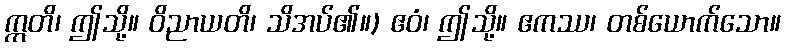
ဣတိ၊ ဤသို့။ ဝိညာယတိ၊ သိအပ်၏။) ဧဝံ၊ ဤသို့။ ဧကဿ၊ တစ်ယောက်သော။